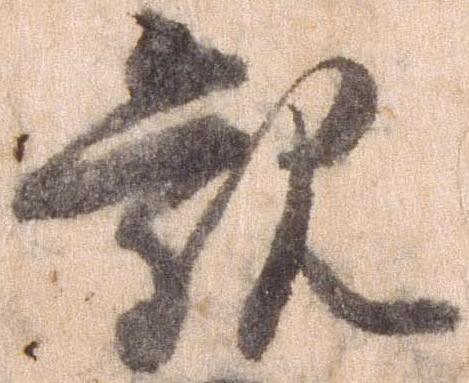
観